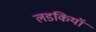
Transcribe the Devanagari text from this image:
लडकियॉ